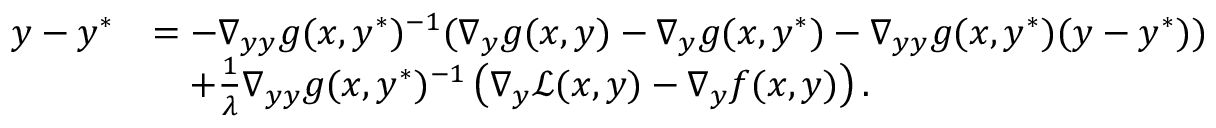
\begin{array} { r l } { y - y ^ { * } } & { = - \nabla _ { y y } g ( x , y ^ { * } ) ^ { - 1 } ( \nabla _ { y } g ( x , y ) - \nabla _ { y } g ( x , y ^ { * } ) - \nabla _ { y y } g ( x , y ^ { * } ) ( y - y ^ { * } ) ) } \\ & { \quad + \frac { 1 } { \lambda } \nabla _ { y y } g ( x , y ^ { * } ) ^ { - 1 } \left( \nabla _ { y } \mathcal { L } ( x , y ) - \nabla _ { y } f ( x , y ) \right) . } \end{array}